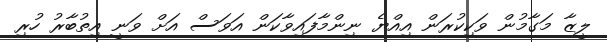
ލީޒާ މަގާމުން ވަކިކުރަން އިއްޔެ ނިންމާފައިވާކަން އަވަސް އަށް ވަނީ އިތުބާރު ހުރި